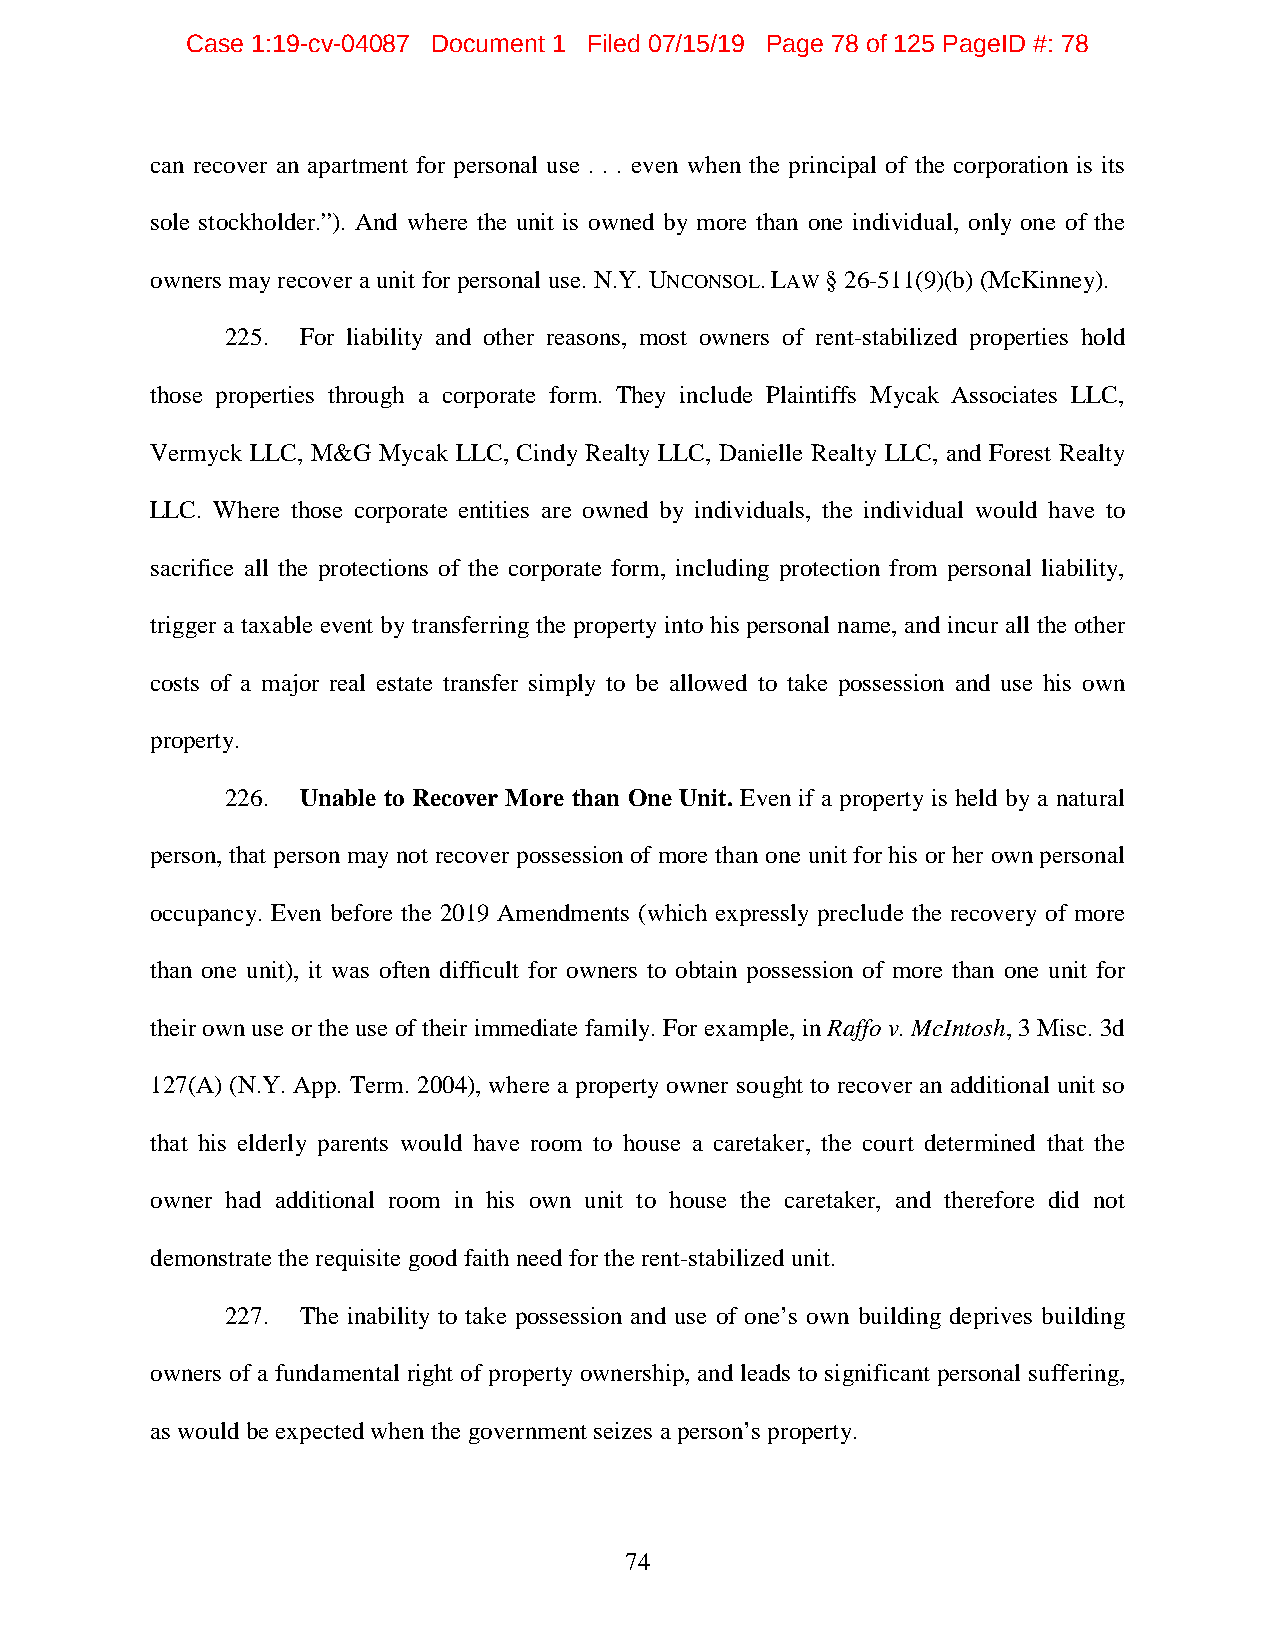
Case 1:19-cv-04087 Document 1 Filed 07/15/19 Page 78 of 125 PageID #: 78
 can recover an apartment for personal use . . . even when the principal of the corporation is its
 sole stockholder.”). And where the unit is owned by more than one individual, only one of the
 owners may recover a unit for personal use. N.Y. UNCONSOL.LAW § 26-511(9)(b) (McKinney).
 225. For liability and other reasons, most owners of rent-stabilized properties hold
 those properties through a corporate form. They include Plaintiffs Mycak Associates LLC,
 Vermyck LLC, M&G Mycak LLC, Cindy Realty LLC, Danielle Realty LLC, and Forest Realty
 LLC. Where those corporate entities are owned by individuals, the individual would have to
 sacrifice all the protections of the corporate form, including protection from personal liability,
 trigger a taxable event by transferring the property into his personal name, and incur all the other
 costs of a major real estate transfer simply to be allowed to take possession and use his own
 property.
 226. Unable to Recover More than One Unit. Even if a property is held by a natural
 person, that person may not recover possession of more than one unit for his or her own personal
 occupancy. Even before the 2019 Amendments (which expressly preclude the recovery of more
 than one unit), it was often difficult for owners to obtain possession of more than one unit for
 their own use or the use of their immediate family. For example, in Raffo v. McIntosh, 3 Misc. 3d
 127(A) (N.Y. App. Term. 2004), where a property owner sought to recover an additional unit so
 that his elderly parents would have room to house a caretaker, the court determined that the
 owner had additional room in his own unit to house the caretaker, and therefore did not
 demonstrate the requisite good faith need for the rent-stabilized unit.
 227. The inability to take possession and use of one’s own building deprives building
 owners of a fundamental right of property ownership, and leads to significant personal suffering,
 as would be expected when the government seizes a person’s property.
 74